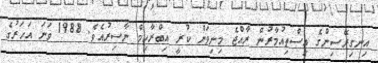
އިނގިރޭސިންގެ އިސްތިއުމާރުން ރާއްޖެ މިނިވަން ކުރީ އިބްރާހިމް ނާސިރުއެވެ. 1988 ވަނަ އަހަރުގެ